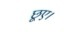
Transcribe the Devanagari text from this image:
छूए।